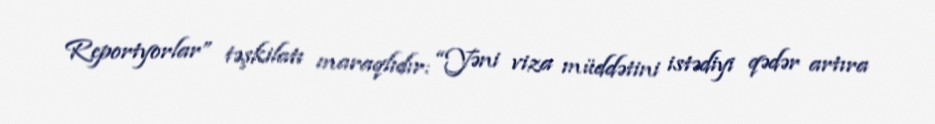
Reportyorlar” təşkilatı maraqlıdır: “Yəni viza müddətini istədiyi qədər artıra